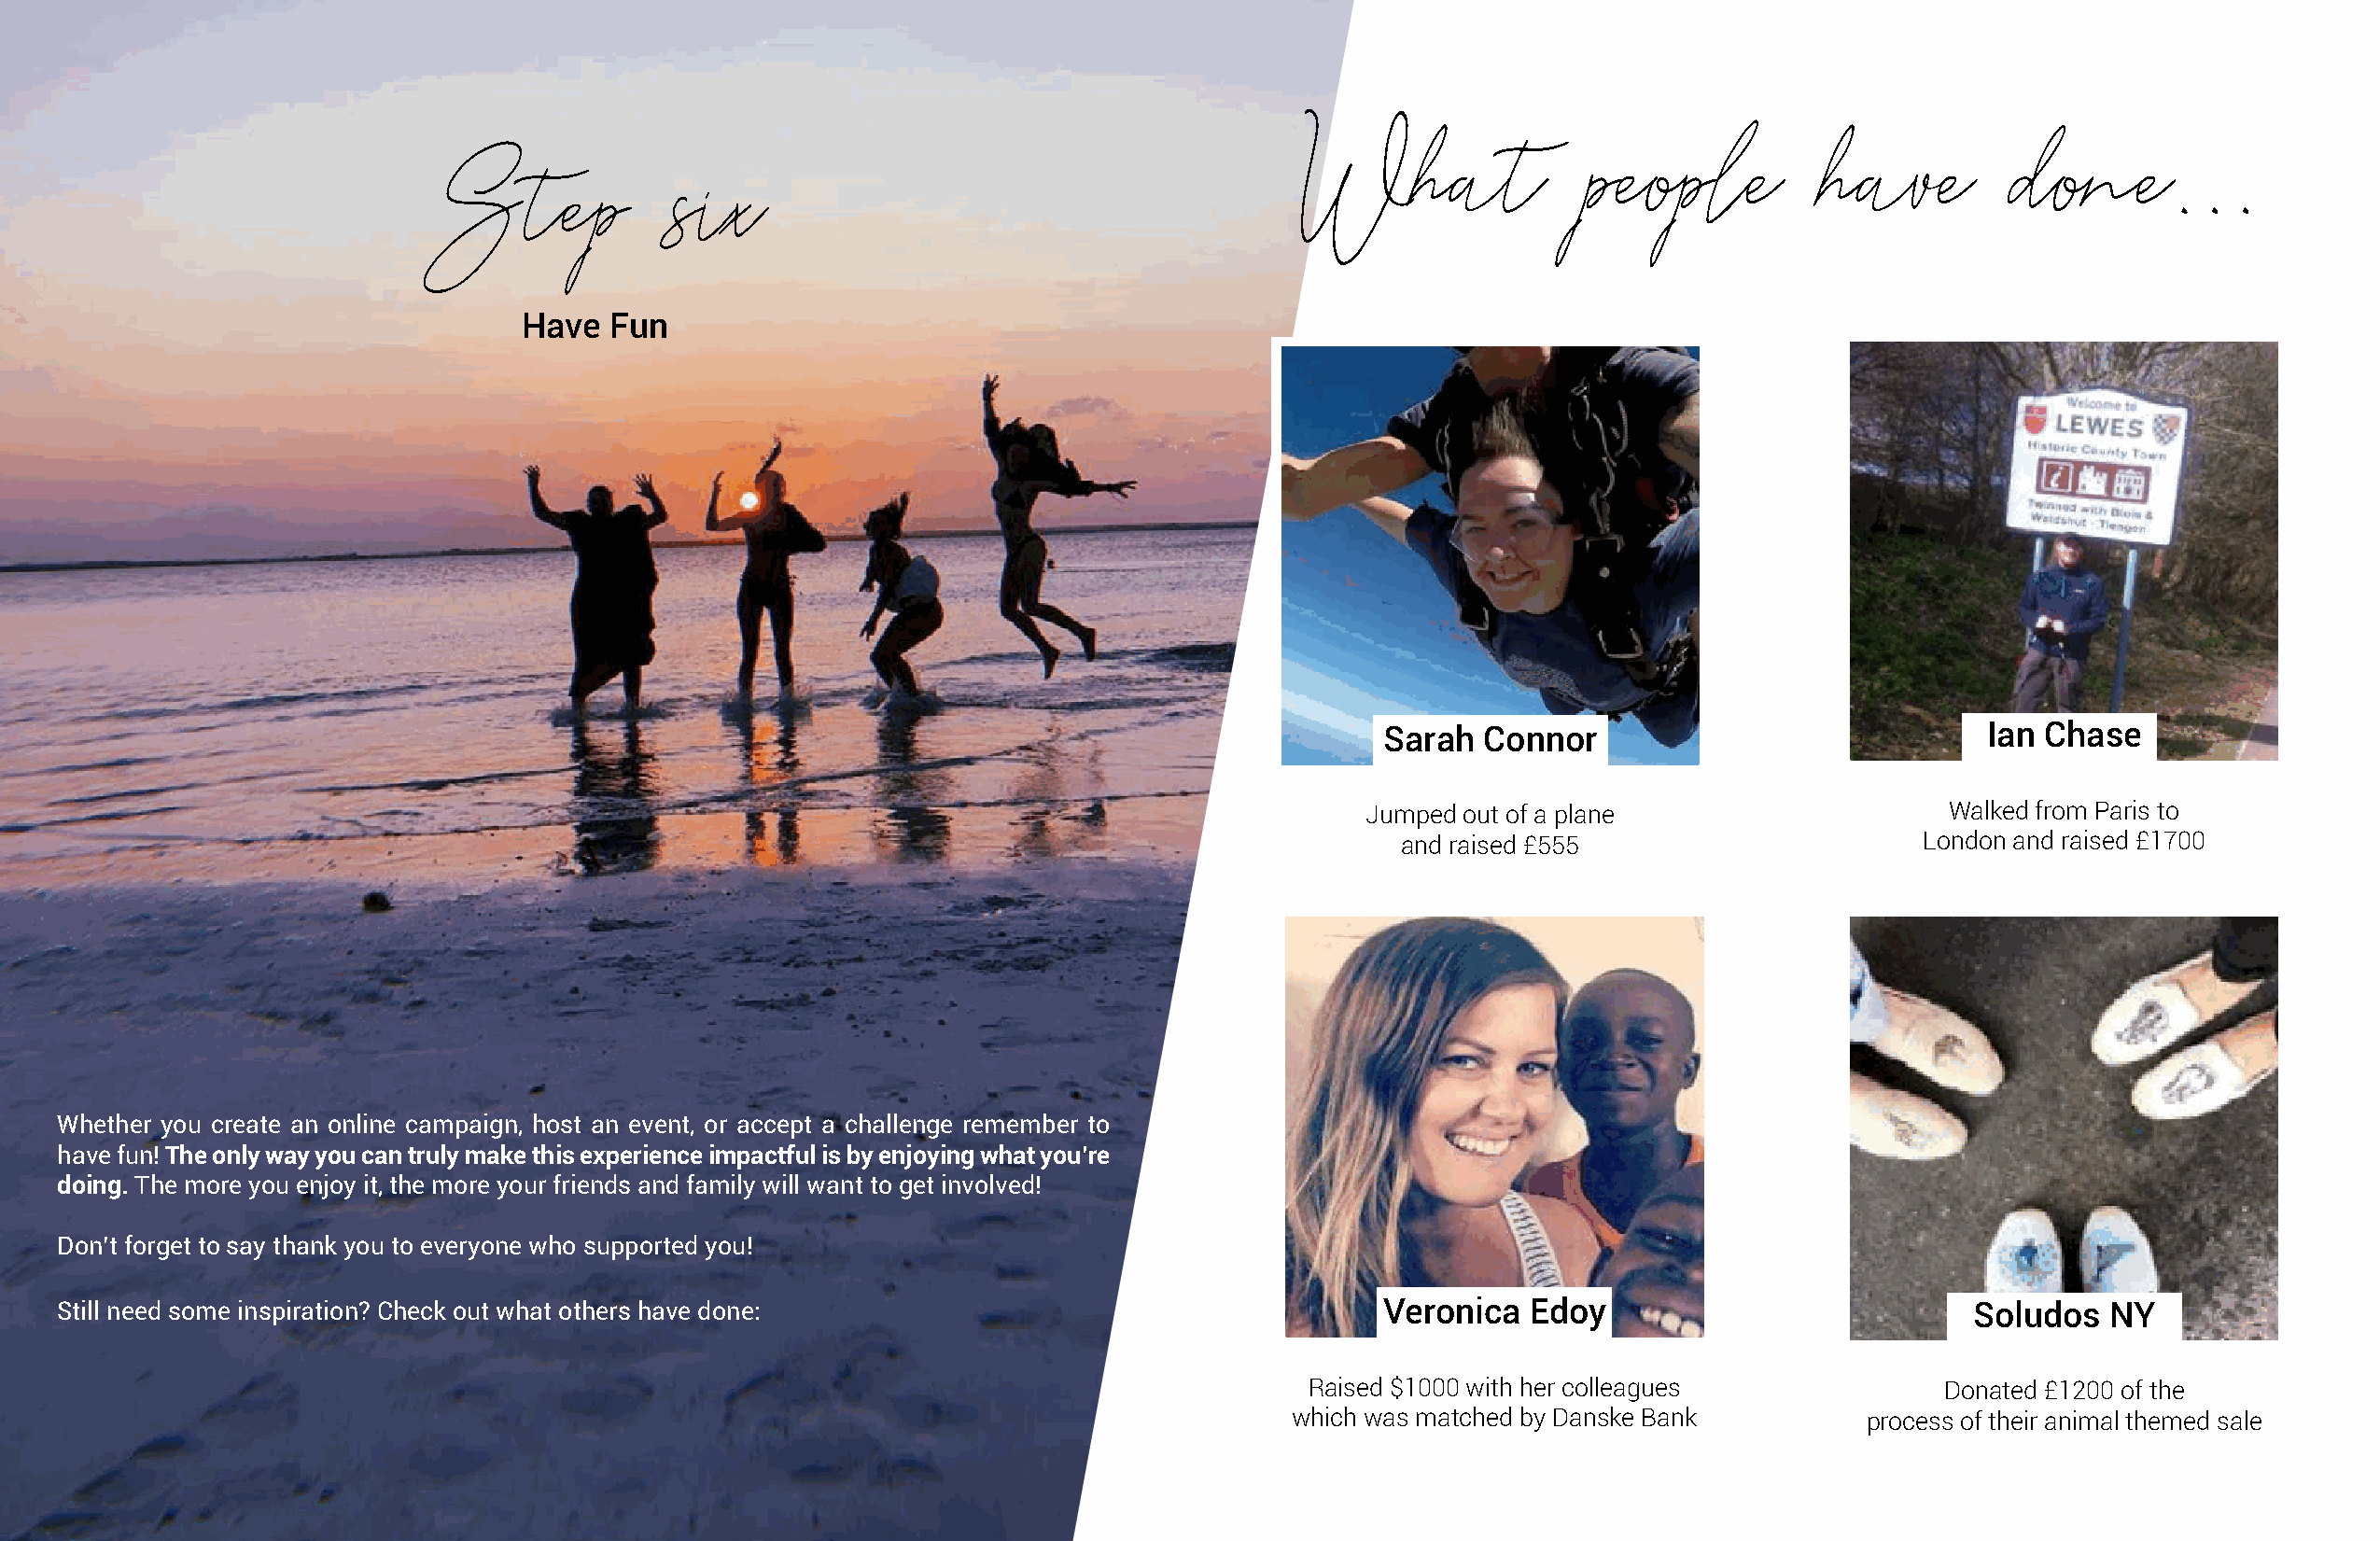
What                 people          have          done...
 Step              six
 Have  Fun
 Sarah  Connor                              Ian Chase
 Jumped out of a plane                    Walked from Paris to
 and raised £555                      London and raised £1700
 Whether you create an online campaign, host an event, or accept a challenge remember to
 have fun! The only way you can truly make this experience impactful is by enjoying what you’re
 doing. The more you enjoy it, the more your friends and family will want to get involved!
 Don’t forget to say thank you to everyone who supported you!
 Still need some inspiration? Check out what others have done:                                 Veronica   Edoy                           Soludos   NY
 Raised $1000 with her colleagues             Donated £1200 of the
 which was matched by Danske Bank        process of their animal themed sale